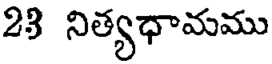
23 నిత్యధామము